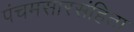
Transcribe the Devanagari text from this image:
पंचमसारसंहिता